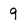
Character: 9